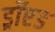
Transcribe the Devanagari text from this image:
ड्रॉएड